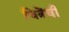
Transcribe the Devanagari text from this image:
चित्रेंची